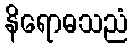
နိရောဓသညံ